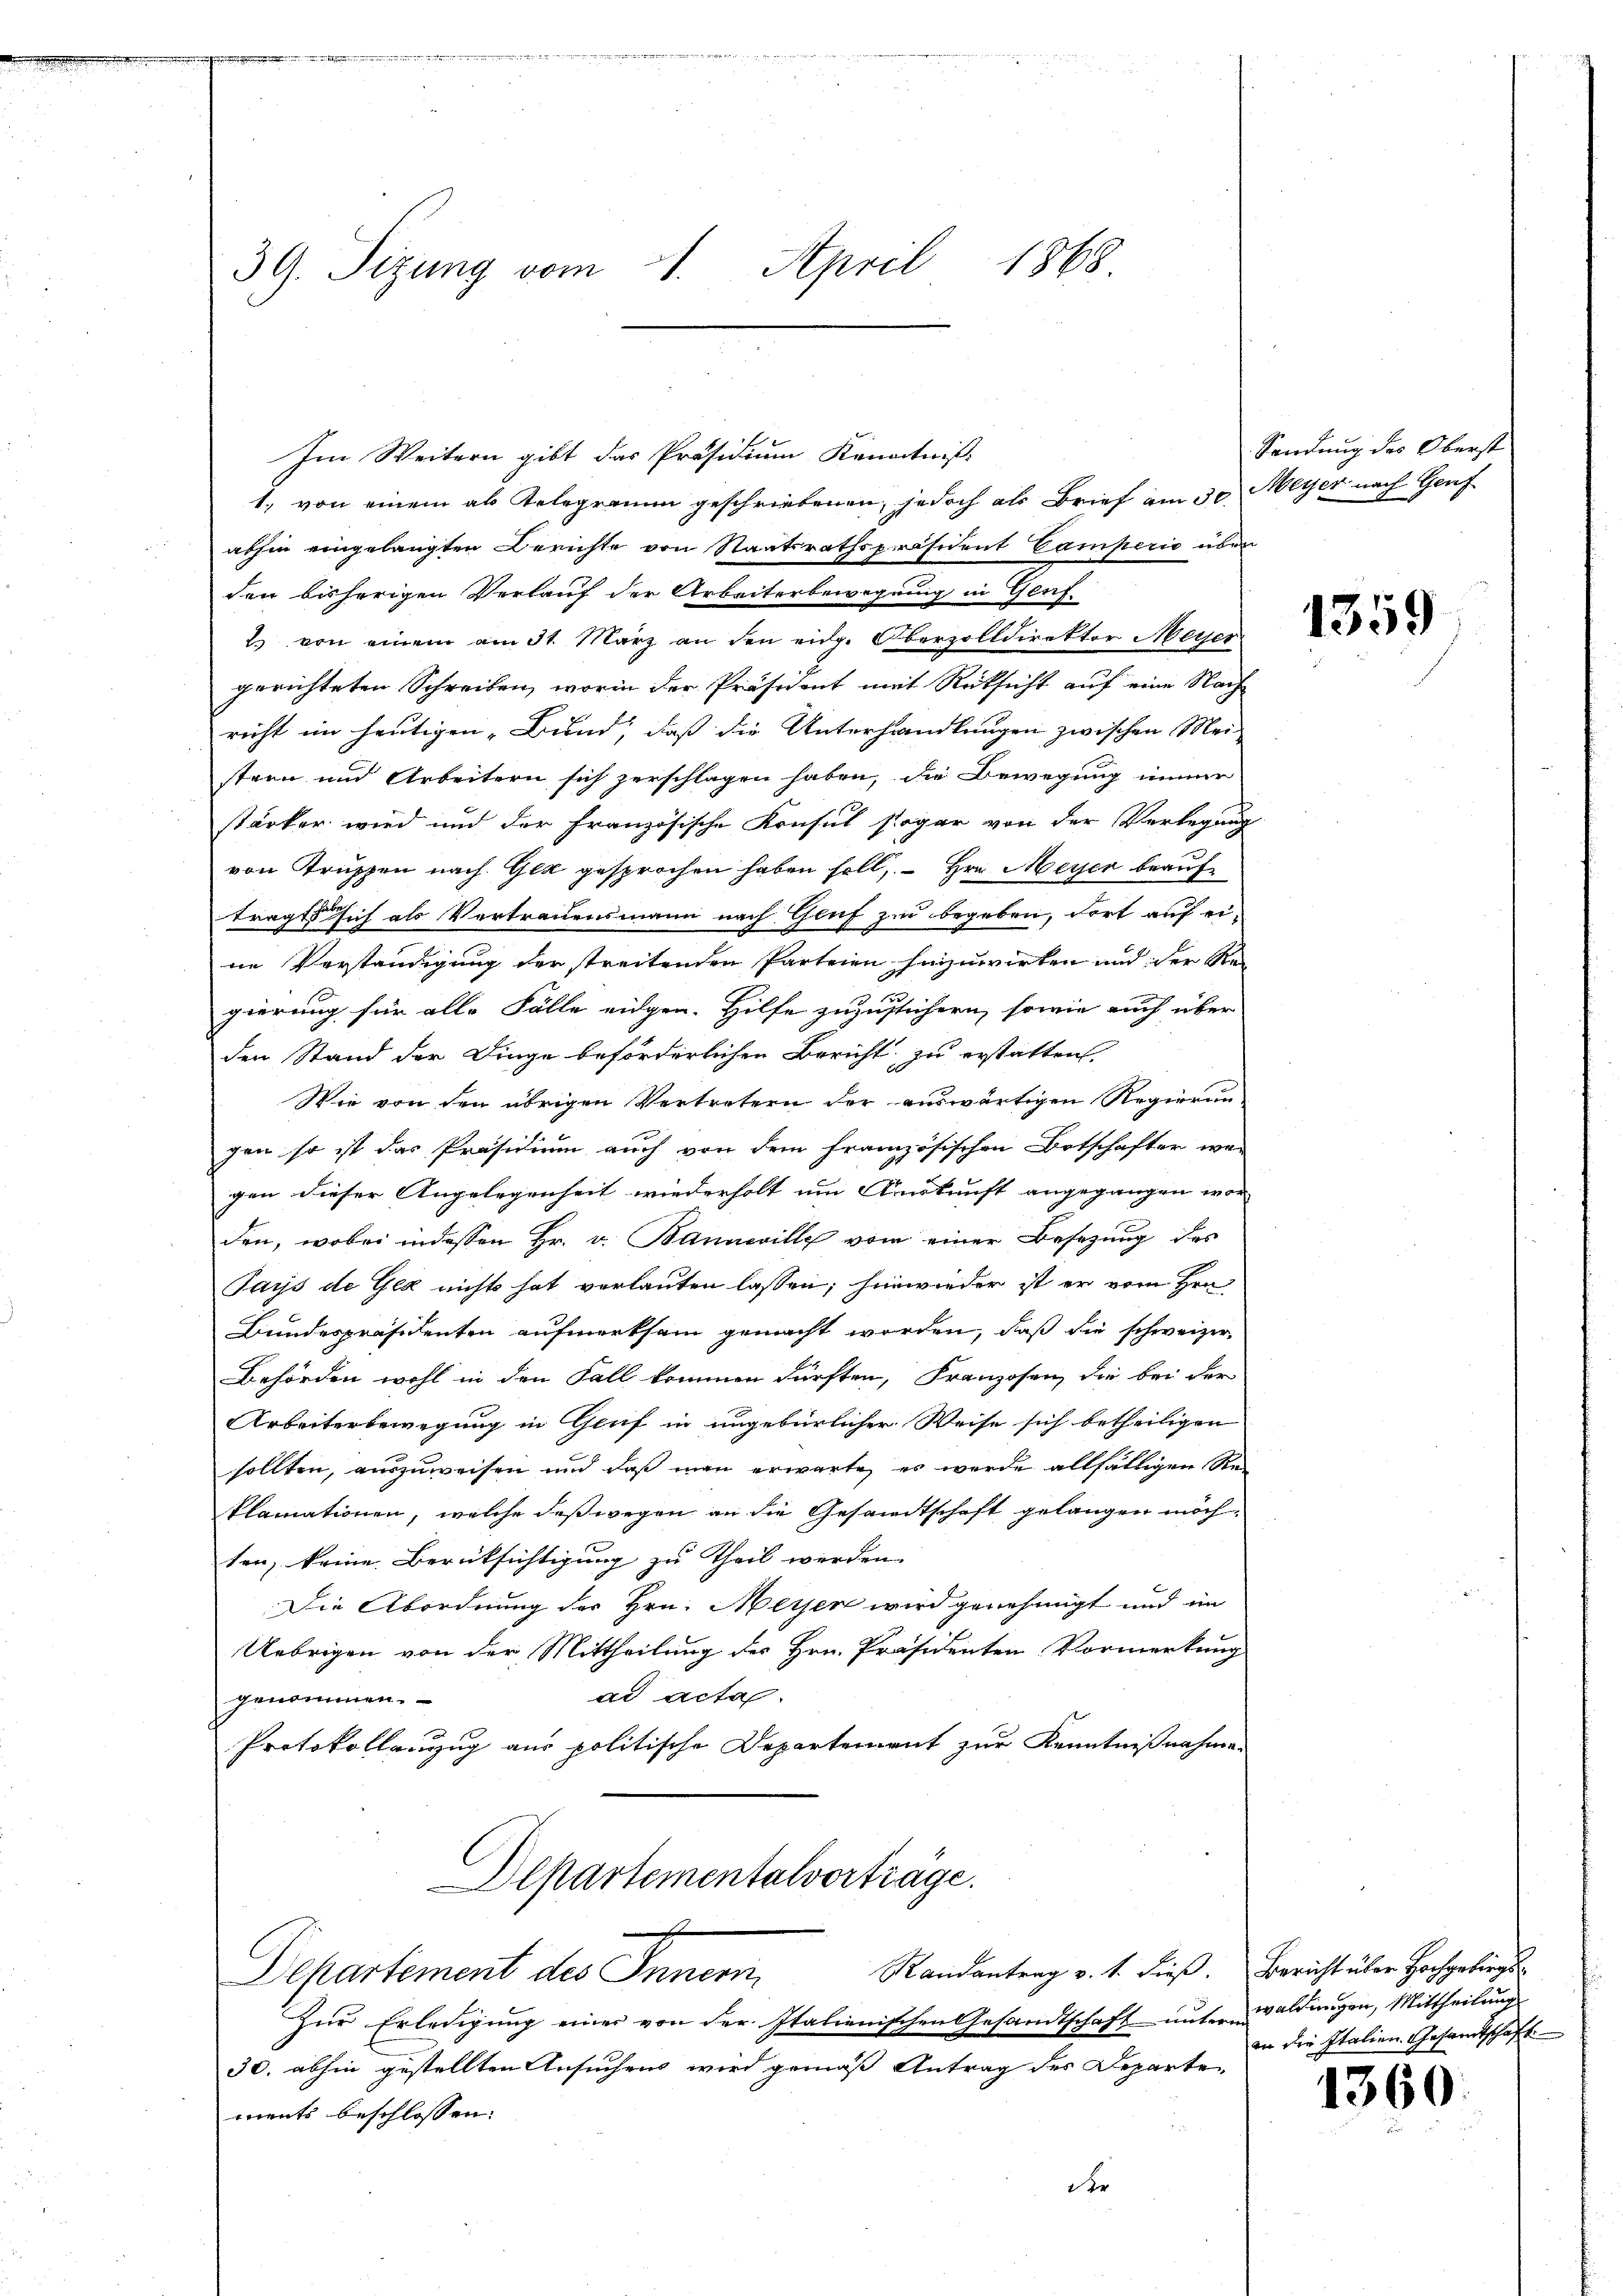
39. Sizung vom 4. April 1868

Im Weitern gibt das Präsidium Kenntniß
1., von einem als Telegramm geschriebenen, jedoch als Brief am 30. Meyer nach Genf
abhin eingelangten Berichte von Staatsrathspräsident Camperio über
den bisherigen Verlauf der Arbeiterbewegung in Gluf¬
2 von einem am 31. März an den eidg. Oberzolldirektor Meyer
gerichteten Schreiben, worin der Präsident mit Rücksicht auf eine Nachricht im heutigen „Bund, daß die Unterhandlungen zwischen Mei-
stren und Arbeitern sich zerschlagen haben, die Bewegung immer
stärker wird und der französische Konsul sogar von der Verlegung
von Truppen nach Gek gesprochen haben soll, – Hrn. Meyer beauftragt sich als Vertrauensmann nach Gluf zu begeben, dort auf eiin Vorständigung der streitenden Parteien hinzuwirken und der Regierung für alle Fälle eidgen. Hilfe zuzustichern, sowie auch über
den Stand der Dinge beförderlichen Bericht zu erstatten.
Wie von den übrigen Vertretern der auswärtigen Regierun-
zen so ist das Präsidium auch von dem französischen Botschafter wer
gen dieser Angelegenheit wiederholt um Auskunft angegangen wor
den, wobei indessen Hr. v. Bannwille vom einer Besetzung des
Pays de Gex nichts hat verlauten lassen; hinwieder ist er vom Hrn.
Bundespräsidenten aufmerksam gemacht worden, daß die schweizer
Behörden wohl in den Fall kommen dürften, Franzosen, die bei der
Arbeiterbewegung in Genf in ungebürlicher Weise sich betheiligen
sollten, auszuweisen und daß man erwarte es werde allfälligen Re¬
Plamationen, welche deßwegen an die Gesandtschaft gelangen möch-
ten, keine Berücksichtigung zu Theil werden
Die Abordnung des Hrn. Meyen wird genehmigt und im
Uebrigen von der Mittheilung des Hrn. Präsidenten Vormerkung
ad acta.
genommen.
Protokollanzug aus politische Departement zur Kenntnißnahme
Departementalvorträge.
Randantrag v. 1. dieß.
Departement des Innern
Zur Erledigung einer von der Italienischen Gesandtschaft untern Waldungen, Mittheilung
30. abhin gestellten Ansuchens wird gemäß Antrag des Departe
ments beschlossen:
der

Sendung des Oberst

1359

Bericht über Hochgebirgsan die Italien Gesandtschaft.

1360.